Mental hospitals Bombay report 1929-33 - 1929-1933
Year: 1929
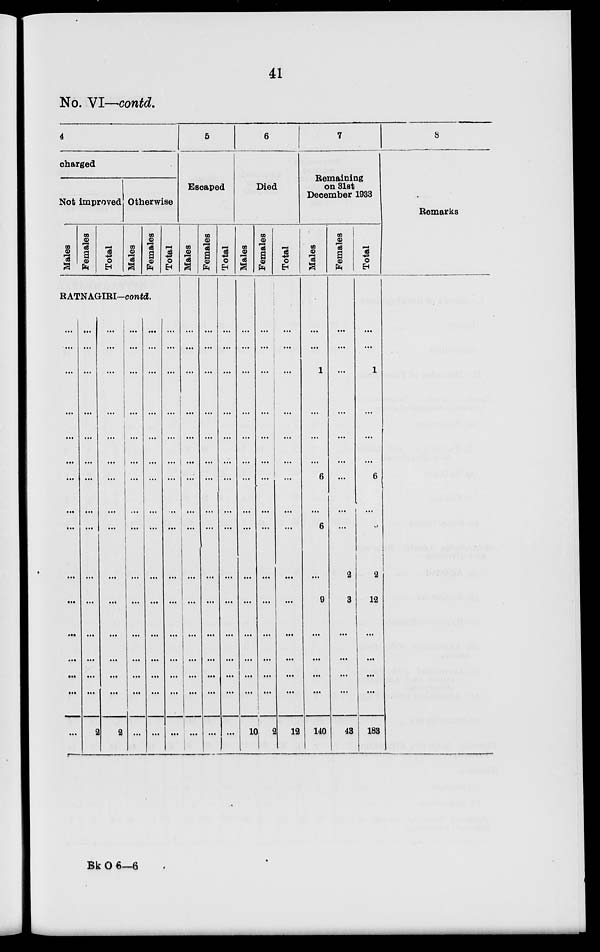
41
No. VI—contd.
4
charged
Not improved
Males
Females
Total
Otherwise
Males
Females
Total
RATNAGIRI-contd.
...
...
...
...
...
...
...
...
...
...
...
...
...
...
...
...
...
...
...
...
...
...
...
...
...
...
...
...
...
...
...
2
...
...
...
...
...
...
...
...
...
...
...
...
...
...
...
2
...
...
...
...
...
...
...
...
...
...
...
...
...
...
...
...
...
...
...
...
...
...
...
...
...
...
...
...
...
...
...
...
...
...
...
...
...
...
...
...
...
...
...
...
...
...
...
...
5
Escaped
Males
...
...
...
...
...
...
...
...
...
...
...
...
...
...
...
...
Females
...
...
...
...
...
...
...
...
...
...
...
...
...
...
...
...
Total
...
...
...
...
...
...
...
...
...
...
...
...
...
...
...
...
6
Died
Males
...
...
...
...
...
...
...
...
...
...
...
...
...
...
...
10
Females
...
...
...
...
...
...
...
...
...
...
...
...
...
...
...
2
Total
...
...
...
...
...
...
...
...
...
...
...
...
...
...
...
12
7
Remaining
on 31st
December 1933
Males
...
...
1
...
...
...
6
...
6
...
9
...
...
...
...
140
Females
...
...
...
...
...
...
...
...
...
2
3
...
...
...
...
43
Total
...
...
1
...
...
...
6
...
6
2
12
...
...
...
...
183
8
Remarks
Bk O 6—6